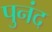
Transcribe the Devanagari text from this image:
पुनंद